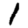
Digit: 1